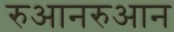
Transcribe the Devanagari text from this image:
रुआनरुआन